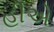
હીએ